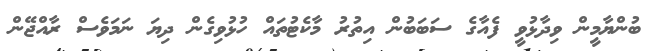
ބުންޔާމީން ވިދާޅުވީ ފެއާގެ ސަބަބުން އިތުރު މާކެޓުތައް ހުޅުވިގެން ދިޔަ ނަމަވެސް ރާއްޖޭން